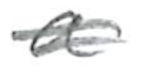
Text: a
Cross-out: mix
Writing tool: pencil